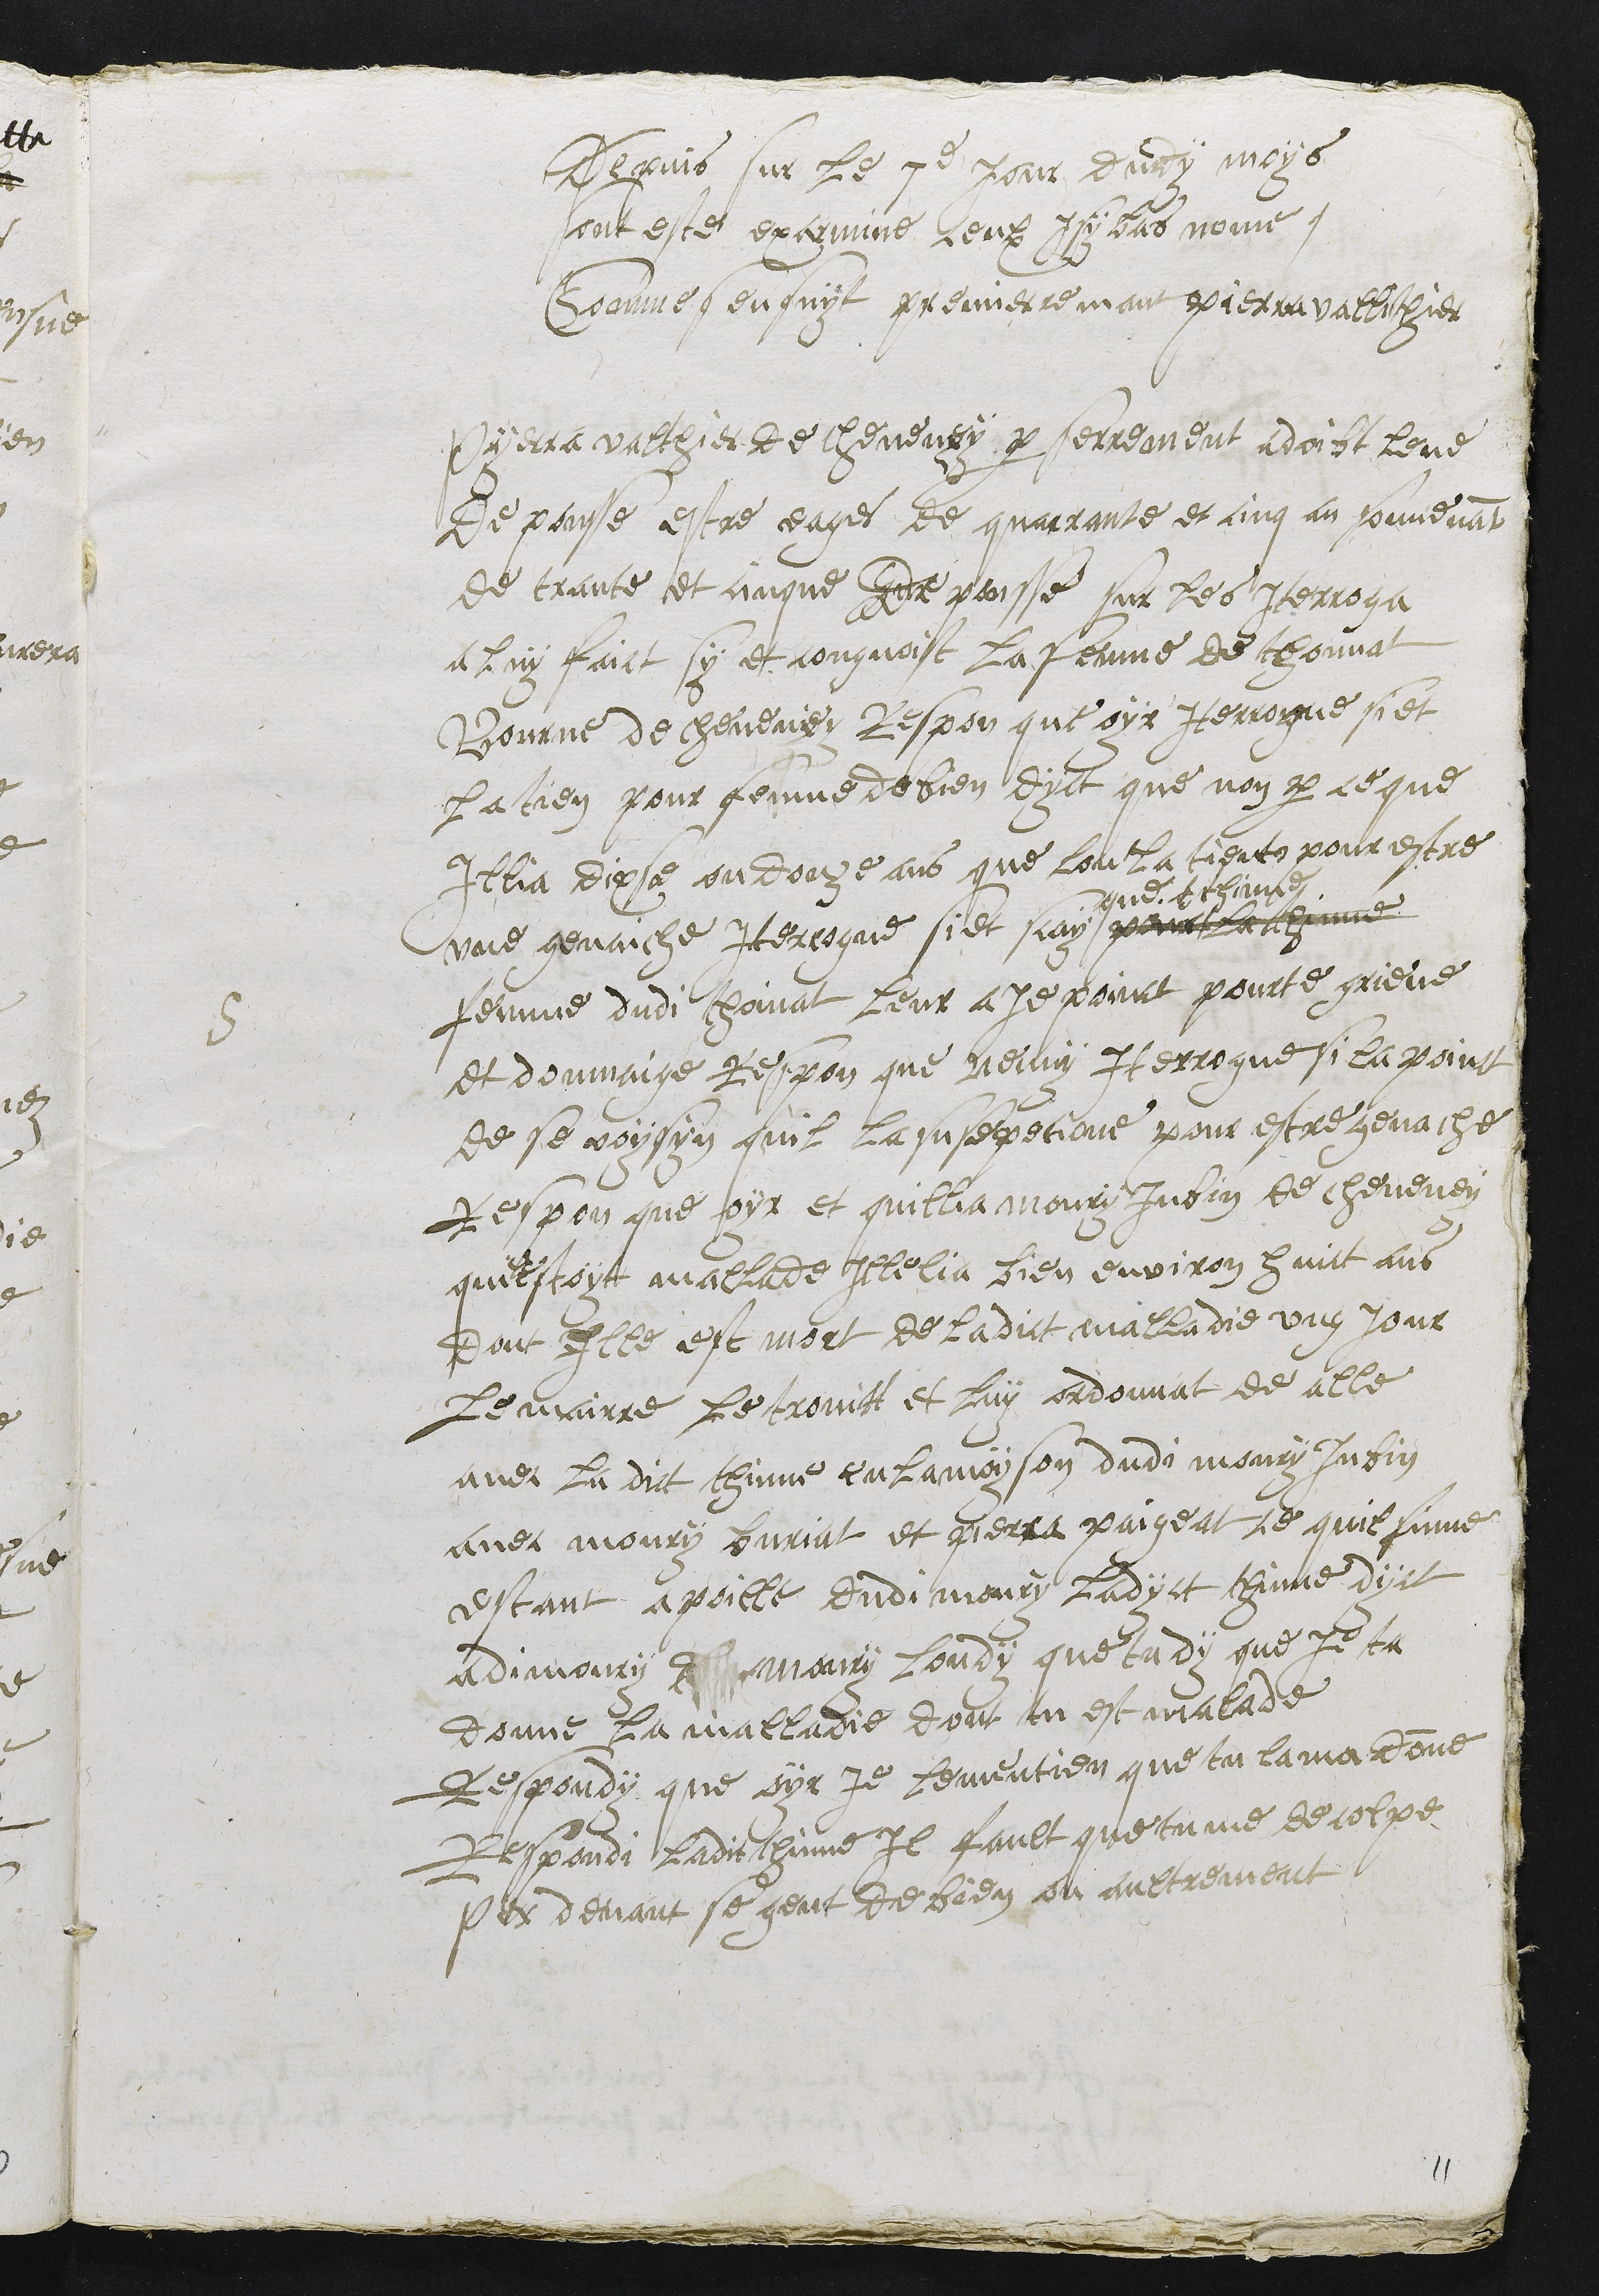
Depuis sur le 7e jour dudy moys
sont este exarmine ceulx isy bas nome.
Comme sensuyt premierremant Pierra vallithier
5
Pyerra valthier de cheveney par serrement a doibt leve
depousse estre eages de quarrante et cinq an souvenant
de trante et cinque depousse sur les iterroga
a luy faict sy et congnoist la femme de thonnat
Bourne de cheveney Respon que oyr iterrogue si et
La tien pour femme de bien dyct que non par ce que
Illia dixse ou douze ans que lon la tient pour estre
une genaiche Iterrogue si et scay pour la thinne
que t thinne
femme dudi thoinat leur aie poinct pourte grieve
et donmaige Respon que nenny Iterrogue si la poinct
de se voysyn quil la susepetione pour estre genache
Respon que oyr et quillia moury Jubin de cheveney
questoit mallade illelia bien environ huict ans
dont ille est mort de ladict malladie ung jour
Le mairre le trovitt et luy ordonnat de alle
avec la dict thinne en la moyson dudi moury Jubin
avec moury buriat et Pierra paigeat ce quil fime
estant a poille dudi moury ladyct thinne dyct
adi moury l maury londy que tu dy que je ta
donne la malladie dont tu est malade
Respondy que oyr je le mentien que tu la ma donne
Respondi ladit thinne Il fault que tu me decolpe
Par devant se gent de bien ou autrement

11